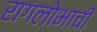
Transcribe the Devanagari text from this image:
रागलोभाची